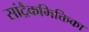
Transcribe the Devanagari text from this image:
सांद्रैकभिक्तिका